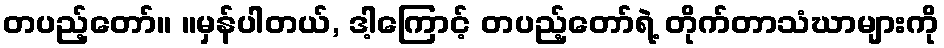
တပည့်တော်။ ။မှန်ပါတယ်, ဒါ့ကြောင့် တပည့်တော်ရဲ့ တိုက်တာသံဃာများကို